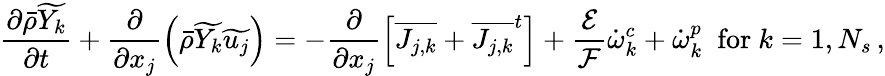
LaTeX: \frac{\partial\bar{\rho}\widetilde{Y_{k}}}{\partial t}+\frac{\partial}{\partial x_{j}}\left(\bar{\rho}\widetilde{Y_{k}}\widetilde{u_{j}}\right)=-\frac{\partial}{\partial x_{j}}\left[\overline{{J_{j,k}}}+{\overline{{J_{j,k}}}^{t}}\right]+\frac{\mathcal{E}}{\mathcal{F}}\dot{\omega}_{k}^{c}+\dot{\omega}_{k}^{p}\; \mathrm{~for~}k=1,N_{s}\, \mathrm{,}